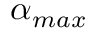
\alpha _ { m a x }